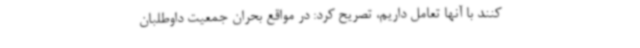
کنند با آنها تعامل داریم، تصریح کرد: در مواقع بحران جمعیت داوطلبان